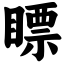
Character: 瞟